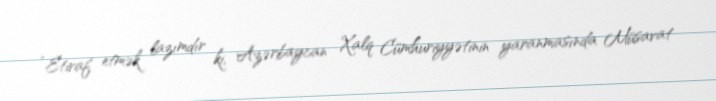
“Etiraf etmək lazımdır ki, Azərbaycan Xalq Cümhuriyyətinin yaranmasında Müsavat